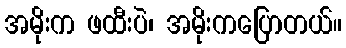
အမိုးက ဖထီးပဲ၊ အမိုးကပြောတယ်။